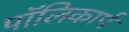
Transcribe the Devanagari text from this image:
पॉलिकार्प